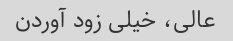
عالى، خیلى زود آوردن